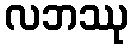
လဘဿု